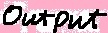
Text: Output